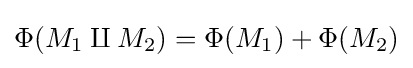
\Phi (M_{1}\amalg M_{2})=\Phi (M_{1})+\Phi (M_{2})